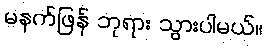
မနက်ဖြန် ဘုရား သွားပါမယ်။